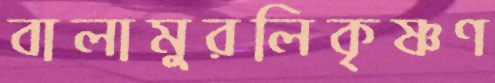
বালামুরলিকৃষ্ণণ